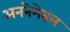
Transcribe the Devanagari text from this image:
अननेमेबल